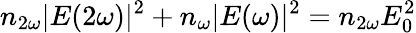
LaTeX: n_{2\omega}|E(2\omega)|^{2}+n_{\omega}|E(\omega)|^{2}=n_{2\omega}E_{0}^{2}